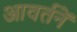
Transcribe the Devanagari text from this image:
आवर्तनें